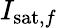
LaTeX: I_{\mathrm{sat},f}